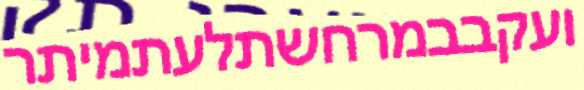
ועקבבמרחשתלעתמיתר